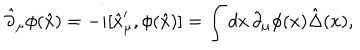
\hat { \partial } _ { \mu } \phi ( \hat { x } ) = - i [ \hat { x } _ { \mu } ^ { \prime } , \phi ( \hat { x } ) ] = \int d x \, \partial _ { \mu } \phi ( x ) \hat { \Delta } ( x ) ,